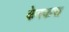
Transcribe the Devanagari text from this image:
केरकस